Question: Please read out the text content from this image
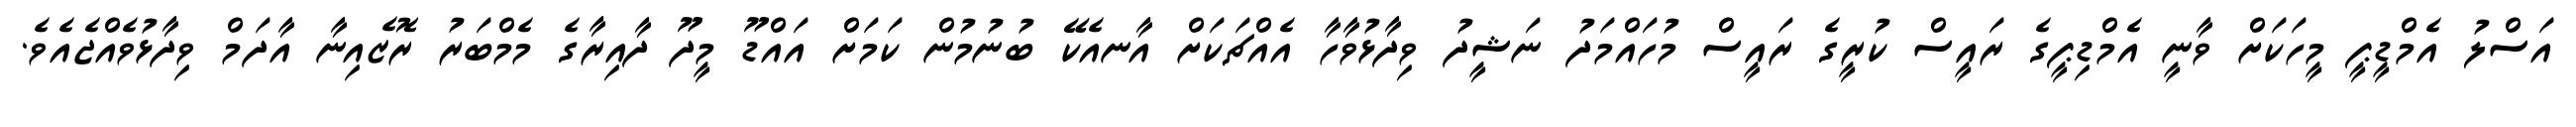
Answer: އަސްލު އެމްޑީޕީ މީހަކަށް ވާނީ އެމްޑިޕީގެ ރައީސް ކުރީގެ ރައީސް މުހައްމަދު ނަޝީދު ވިދާޅުވާހާ އެއްޗަކަށް އާނއެކޭ ބުނުމުން ކަމަށް އައްޑޫ މީދޫ ދާއިރާގެ މެމްބަރު ރޮޒެއިނާ އާދަމް ވިދާޅުވެއްޖެއެވެ.